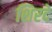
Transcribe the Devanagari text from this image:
शिरदे